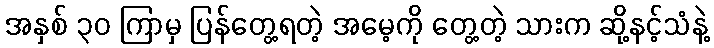
အနှစ် ၃၀ ကြာမှ ပြန်တွေ့ရတဲ့ အမေ့ကို တွေ့တဲ့ သားက ဆို့နင့်သံနဲ့